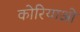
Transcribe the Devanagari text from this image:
कोरियाओ